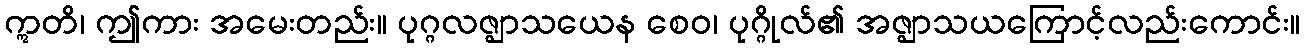
ဣတိ၊ ဤကား အမေးတည်း။ ပုဂ္ဂလဇ္ဈာသယေန စေဝ၊ ပုဂ္ဂိုလ်၏ အဇ္ဈာသယကြောင့်လည်းကောင်း။